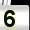
Digit: 5